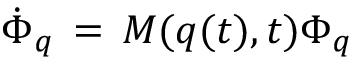
{ \dot { \Phi } _ { q } } \, = \, M ( q ( t ) , t ) \Phi _ { q }